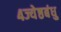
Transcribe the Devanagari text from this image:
४ज्येष्ठबंधु